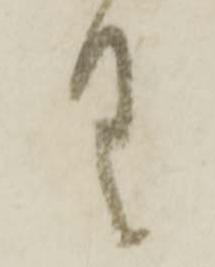
具